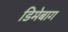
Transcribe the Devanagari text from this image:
डिमेबाग